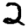
Digit: 2